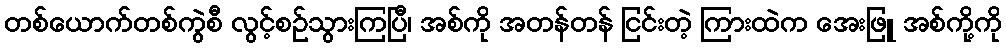
တစ်ယောက်တစ်ကွဲစီ လွင့်စဉ်သွားကြပြီ၊ အစ်ကို အတန်တန် ငြင်းတဲ့ ကြားထဲက အေးဖြူ အစ်ကို့ကို